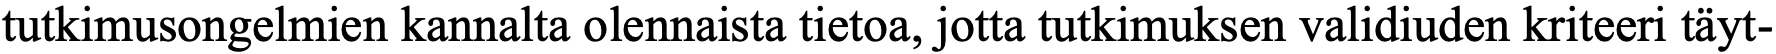
tutkimusongelmien kannalta olennaista tietoa, jotta tutkimuksen validiuden kriteeri täyt-